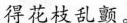
得花枝乱颤。